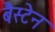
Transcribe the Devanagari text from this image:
बैस्टेन